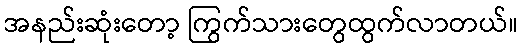
အနည်းဆုံးတော့ ကြွက်သားတွေထွက်လာတယ်။